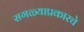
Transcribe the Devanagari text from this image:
सगळ्याप्रकारचे